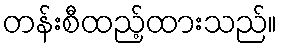
တန်းစီထည့်ထားသည်။